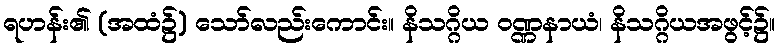
ရဟန်း၏ (အထံ၌) သော်လည်းကောင်း။ နိသဂ္ဂိယ ဝဏ္ဏနာယံ၊ နိသဂ္ဂိယအဖွင့်၌။